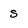
Character: s